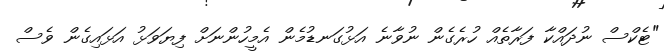
"ޓެކްސް ނުދައްކާ ފަރާތެއް ހުރެގެން ނުވާނެ އަޅުގަނޑުމެން އެމީހުންނަށް ފިޔަވަޅު އަޅައިގެން ވެސް